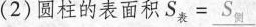
(2)圆柱的表面积S_{表}=\underline{S_{侧}}